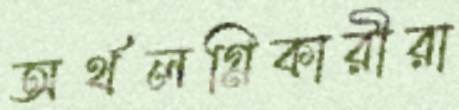
অর্থলগ্নিকারীরা